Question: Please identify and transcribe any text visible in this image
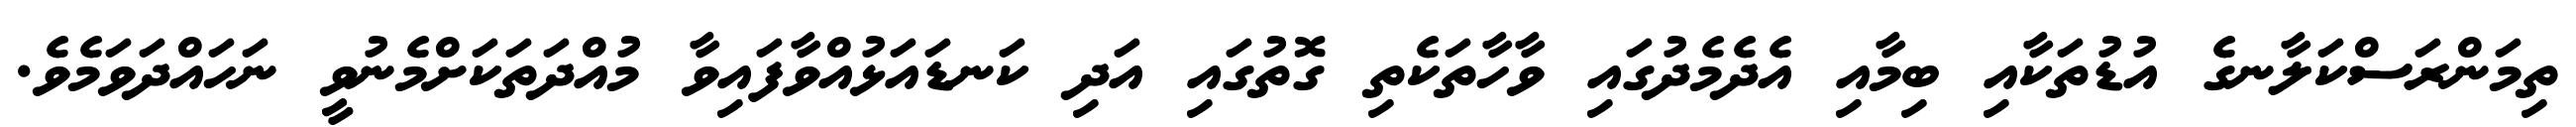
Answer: ތިމަންރަސްކަލާނގެ އުޑުތަކާއި ބިމާއި އެދެމެދުގައި ވާހާތަކެތި ގޮތުގައި އަދި ކަނޑައަޅުއްވާފައިވާ މުއްދަތަކަށްމެނުވީ ނަހައްދަވަމެވެ.